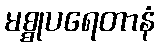
မစ္စုပရေတာနံ